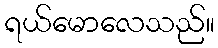
ရယ်မောလေသည်။